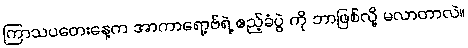
ကြာသပတေးနေ့က အာကာရော့ဗ်ရဲ့ ဧည့်ခံပွဲ ကို ဘာဖြစ်လို့ မလာတာလဲ။